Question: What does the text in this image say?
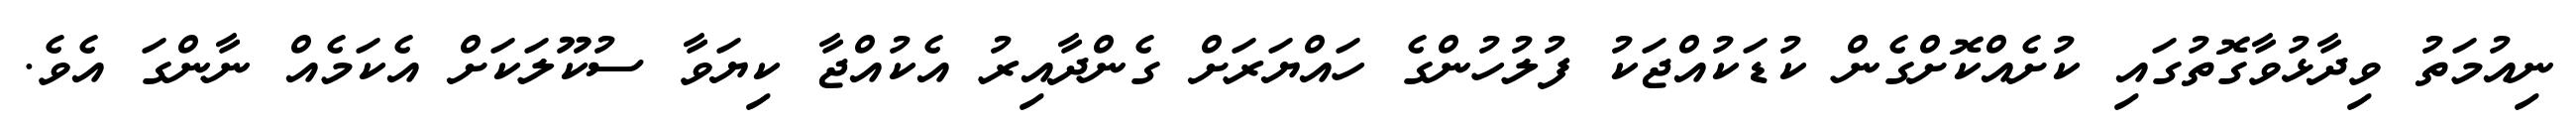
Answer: ނިއުމަތު ވިދާޅުވާގޮތުގައި ކުށެއްކޮށްގެން ކުޑަކުއްޖަކު ފުލުހުންގެ ހައްޔަރަށް ގެންދާއިރު އެކުއްޖާ ކިޔަވާ ސުކޫލަކަށް އެކަމެއް ނާންގަ އެވެ.